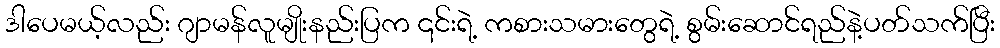
ဒါပေမယ့်လည်း ဂျာမန်လူမျိုးနည်းပြက ၎င်းရဲ့ ကစားသမားတွေရဲ့ စွမ်းဆောင်ရည်နဲ့ပတ်သက်ပြီး